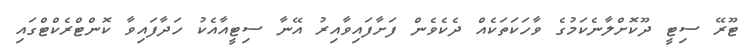
ޓޫރޭ ސިޓީ ދޫކޮށްލާނެކަމުގެ ވާހަކަތަކެއް ދެކެވެން ފަށާފައިވާއިރު އޭނާ ސިޓީއާއެކު ހަދާފައިވާ ކޮންޓްރެކްޓްގައި